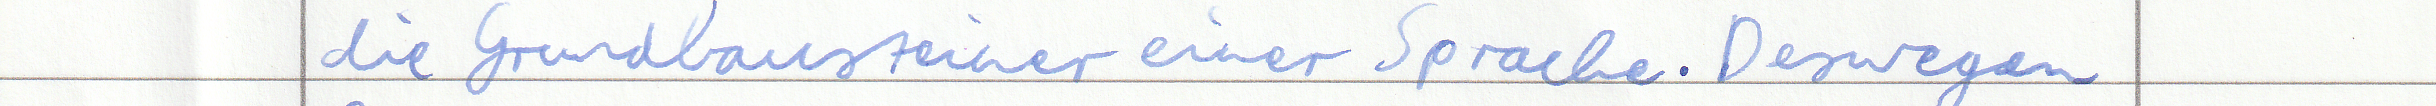
die Grundbausteine einer Sprache. Deswegen